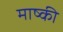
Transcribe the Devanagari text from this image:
माष्की